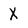
Character: X